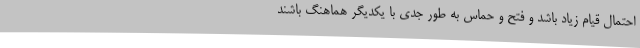
احتمال قیام زیاد باشد و فتح و حماس به طور جدی با یکدیگر هماهنگ باشند